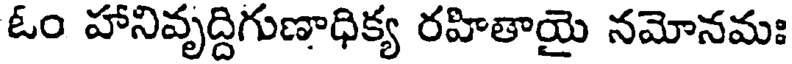
ఓం హానివృద్దిగుణాధిక్య రహితాయై నమోనమః